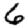
Digit: 6